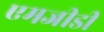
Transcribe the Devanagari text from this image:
एमजीडी